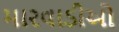
મારવાડીઓ